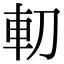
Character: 𠜥